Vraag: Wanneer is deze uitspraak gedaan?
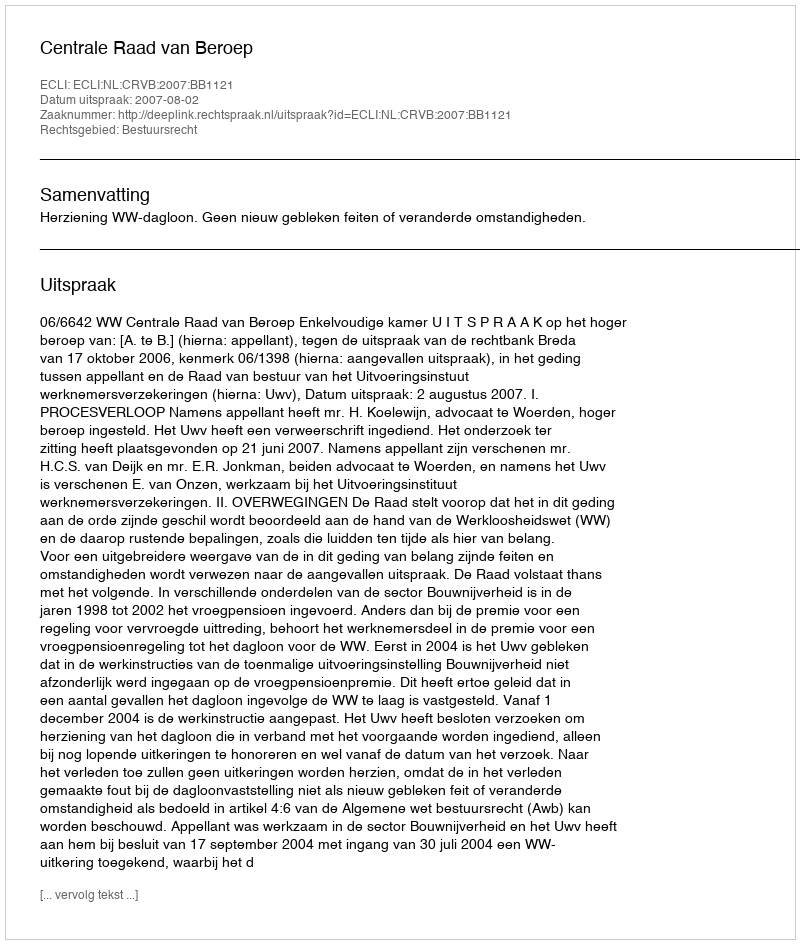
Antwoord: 2007-08-02